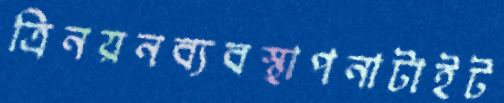
ত্রিনয়নব্যবস্থাপনাটাইট